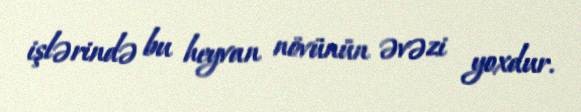
işlərində bu heyvan növünün əvəzi yoxdur.